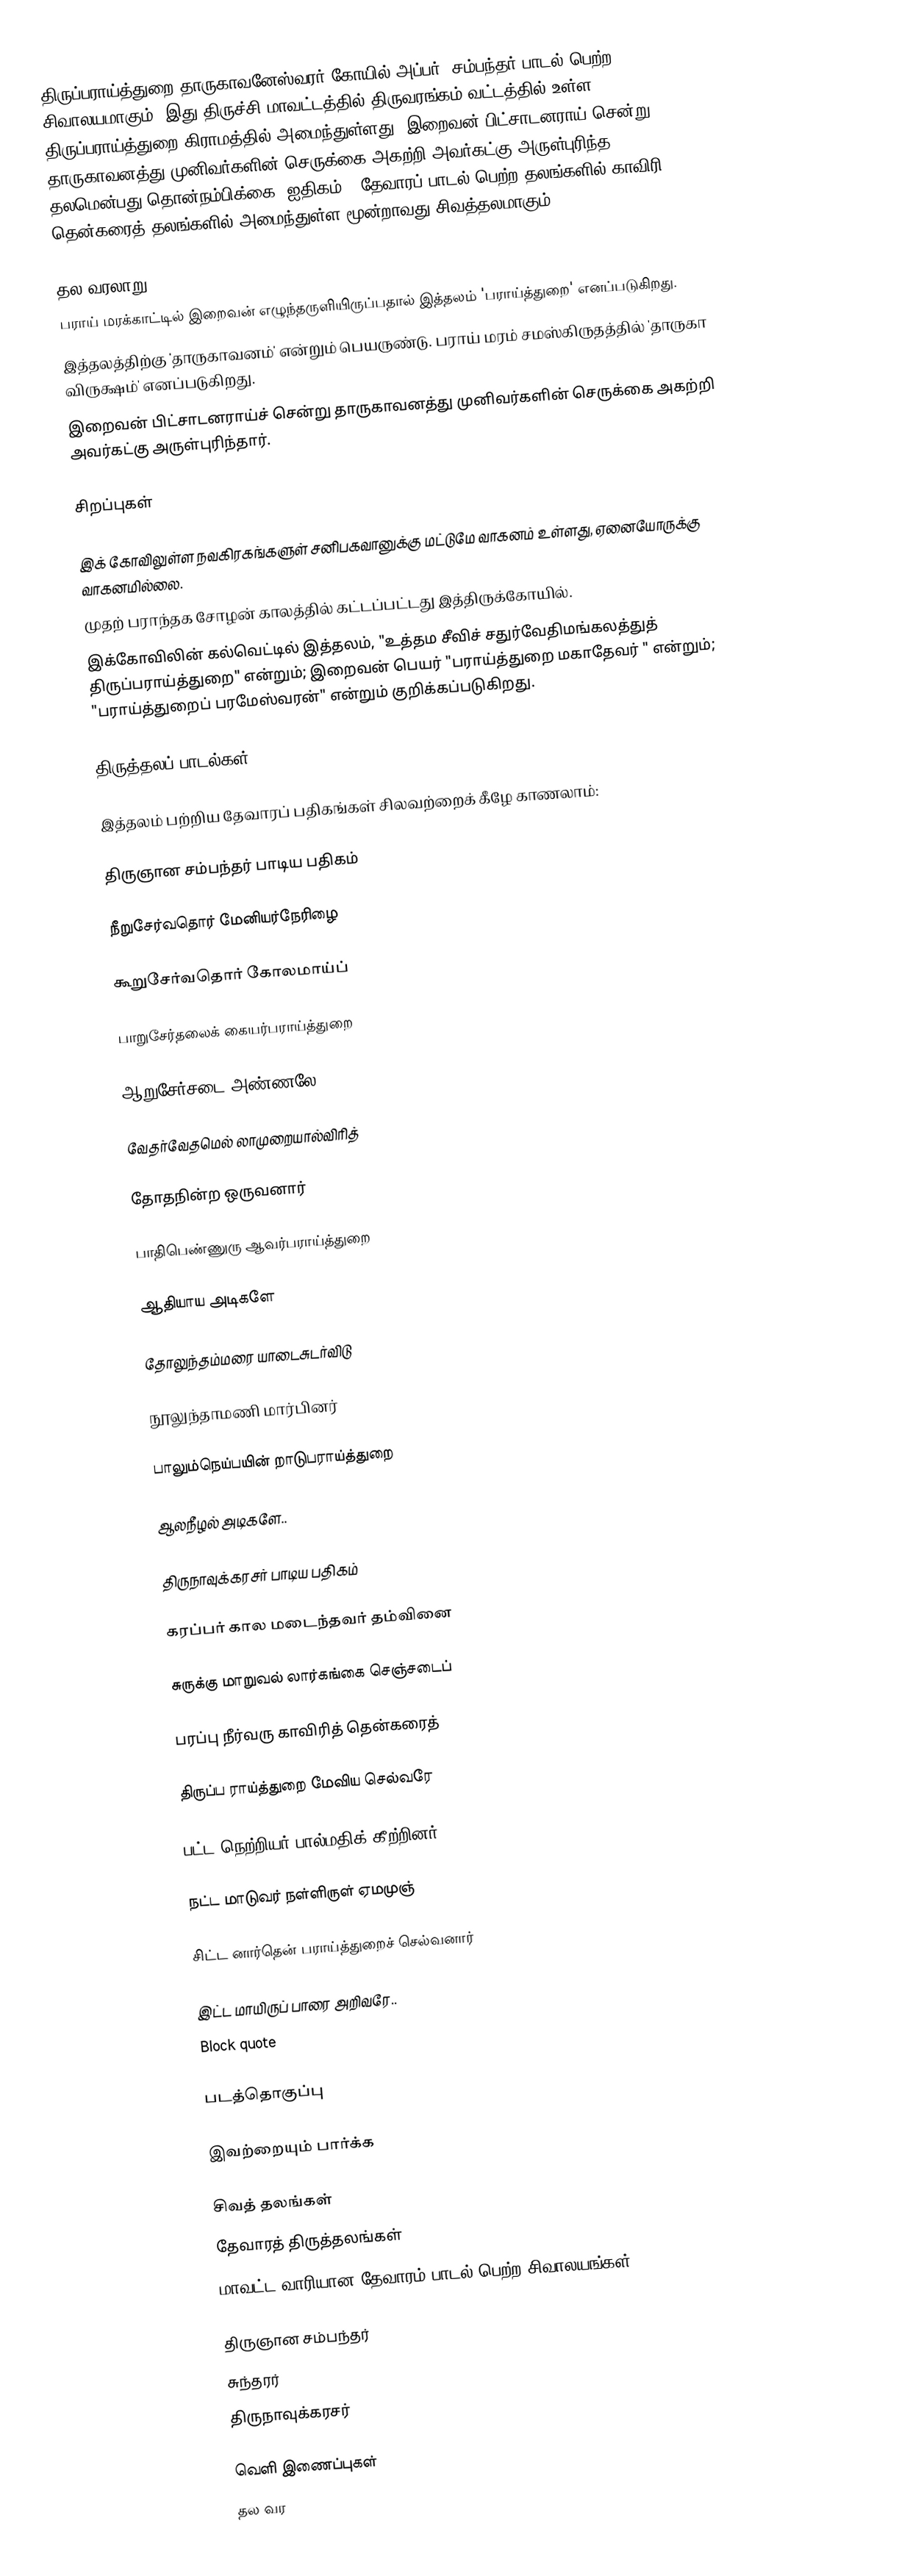
திருப்பராய்த்துறை தாருகாவனேஸ்வரர் கோயில் அப்பர், சம்பந்தர் பாடல் பெற்ற சிவாலயமாகும். இது திருச்சி மாவட்டத்தில்  திருவரங்கம் வட்டத்தில் உள்ள திருப்பராய்த்துறை கிராமத்தில்  அமைந்துள்ளது. இறைவன் பிட்சாடனராய் சென்று தாருகாவனத்து முனிவர்களின் செருக்கை அகற்றி அவர்கட்கு அருள்புரிந்த தலமென்பது தொன்நம்பிக்கை (ஐதிகம்). தேவாரப் பாடல் பெற்ற தலங்களில்  காவிரி தென்கரைத் தலங்களில் அமைந்துள்ள மூன்றாவது சிவத்தலமாகும்.

தல வரலாறு
 பராய் மரக்காட்டில் இறைவன் எழுந்தருளியிருப்பதால் இத்தலம் 'பராய்த்துறை' எனப்படுகிறது.
 இத்தலத்திற்கு 'தாருகாவனம்' என்றும் பெயருண்டு. பராய் மரம் சமஸ்கிருதத்தில் 'தாருகா விருக்ஷம்' எனப்படுகிறது.
 இறைவன் பிட்சாடனராய்ச் சென்று தாருகாவனத்து முனிவர்களின் செருக்கை அகற்றி அவர்கட்கு அருள்புரிந்தார்.

சிறப்புகள்

 இக் கோவிலுள்ள நவகிரகங்களுள் சனிபகவானுக்கு மட்டுமே வாகனம் உள்ளது, ஏனையோருக்கு வாகனமில்லை.
 முதற் பராந்தக சோழன் காலத்தில் கட்டப்பட்டது இத்திருக்கோயில்.
 இக்கோவிலின் கல்வெட்டில் இத்தலம், "உத்தம சீவிச் சதுர்வேதிமங்கலத்துத் திருப்பராய்த்துறை" என்றும்; இறைவன் பெயர் "பராய்த்துறை மகாதேவர் " என்றும்; "பராய்த்துறைப் பரமேஸ்வரன்" என்றும் குறிக்கப்படுகிறது.

திருத்தலப் பாடல்கள்

இத்தலம் பற்றிய தேவாரப் பதிகங்கள் சிலவற்றைக் கீழே காணலாம்:

திருஞான சம்பந்தர் பாடிய பதிகம்

நீறுசேர்வதொர் மேனியர்நேரிழை

கூறுசேர்வதொர் கோலமாய்ப்

பாறுசேர்தலைக் கையர்பராய்த்துறை

ஆறுசேர்சடை அண்ணலே.

வேதர்வேதமெல் லாமுறையால்விரித்

தோதநின்ற ஒருவனார்

பாதிபெண்ணுரு ஆவர்பராய்த்துறை

ஆதியாய அடிகளே

தோலுந்தம்மரை யாடைசுடர்விடு

நூலுந்தாமணி மார்பினர்

பாலும்நெய்பயின் றாடுபராய்த்துறை

ஆலநீழல் அடிகளே..

திருநாவுக்கரசர் பாடிய பதிகம்

கரப்பர் கால மடைந்தவர் தம்வினை

சுருக்கு மாறுவல் லார்கங்கை செஞ்சடைப்

பரப்பு நீர்வரு காவிரித் தென்கரைத்

திருப்ப ராய்த்துறை மேவிய செல்வரே

பட்ட நெற்றியர் பால்மதிக் கீற்றினர்

நட்ட மாடுவர் நள்ளிருள் ஏமமுஞ்

சிட்ட னார்தென் பராய்த்துறைச் செல்வனார்

இட்ட மாயிருப் பாரை அறிவரே..
Block quote

படத்தொகுப்பு

இவற்றையும் பார்க்க

 சிவத் தலங்கள்
 தேவாரத் திருத்தலங்கள்
 மாவட்ட வாரியான தேவாரம் பாடல் பெற்ற சிவாலயங்கள்

 திருஞான சம்பந்தர்
 சுந்தரர்
 திருநாவுக்கரசர்

வெளி இணைப்புகள்
 தல வர